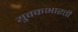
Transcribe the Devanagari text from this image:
युवकभारती